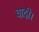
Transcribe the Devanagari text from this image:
वादी।